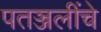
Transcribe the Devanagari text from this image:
पतञ्जलींचे